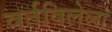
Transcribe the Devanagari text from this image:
वर्तविलेला